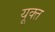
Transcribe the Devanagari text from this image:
यूक्त